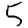
Digit: 5